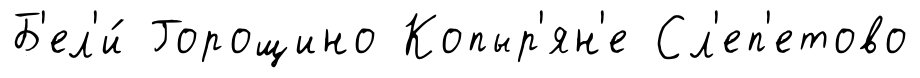
Б'ел'и́ Горощино Копыр'ян'е Сл'еп'етово